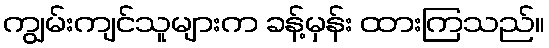
ကျွမ်းကျင်သူများက ခန့်မှန်း ထားကြသည်။